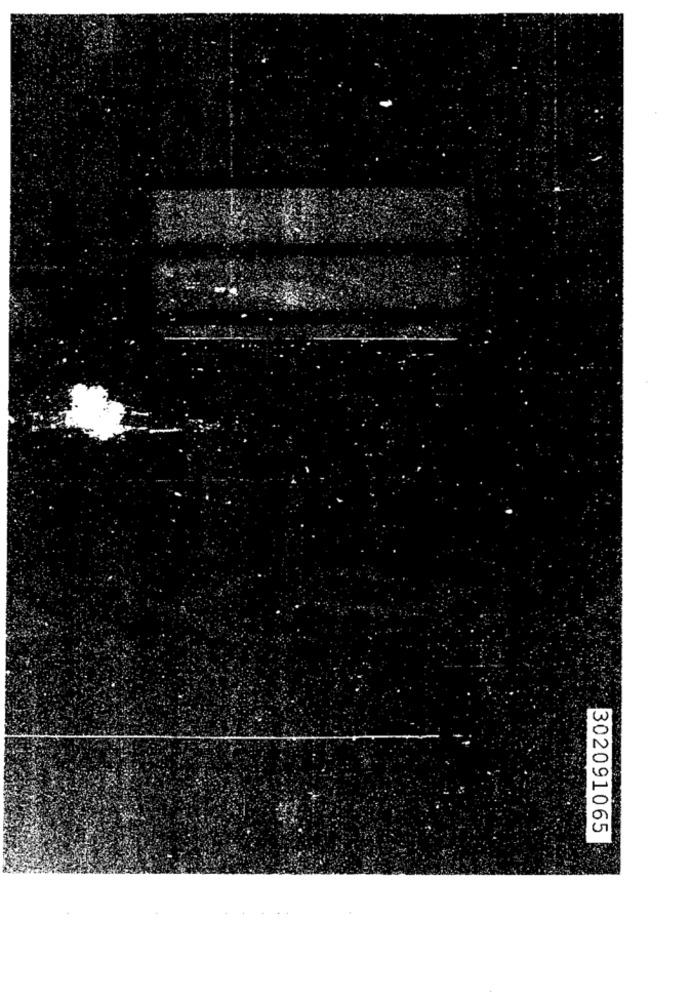
302091065